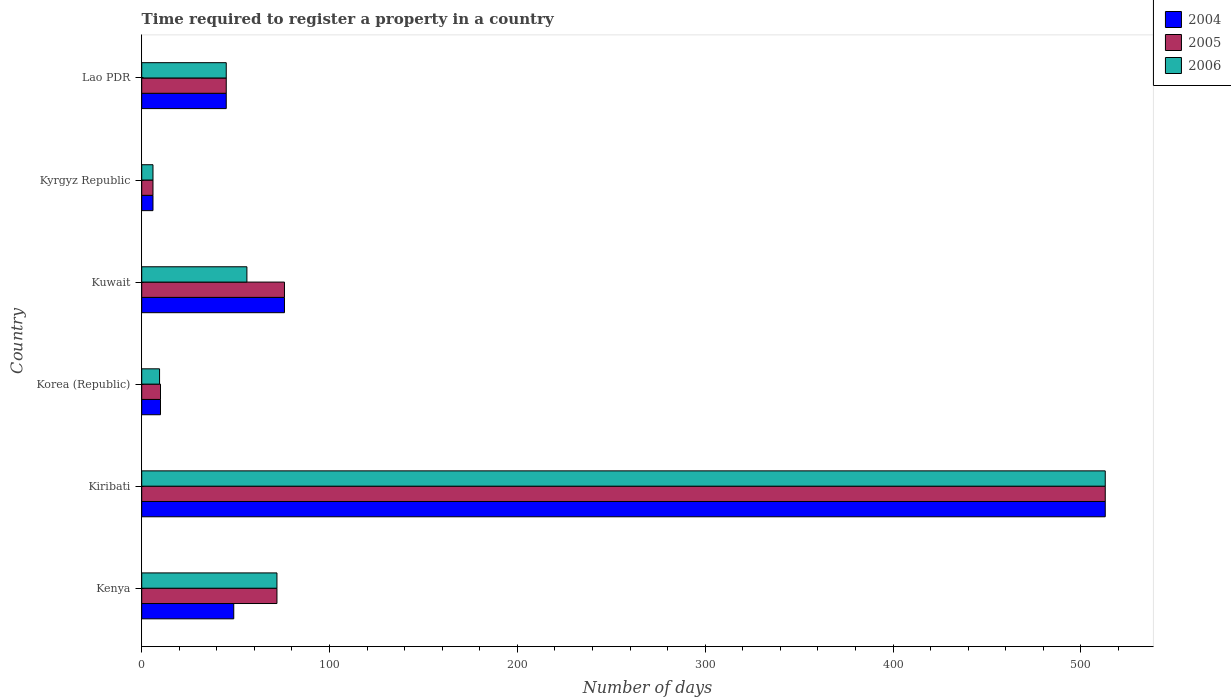
| Country | 2004 | 2005 | 2006 |
 | --- | --- | --- | --- |
 | Kenya | 49 | 72 | 72 |
 | Kiribati | 513 | 513 | 513 |
 | Korea (Republic) | 10 | 10 | 9.5 |
 | Kuwait | 76 | 76 | 56 |
 | Kyrgyz Republic | 6 | 6 | 6 |
 | Lao PDR | 45 | 45 | 45 |